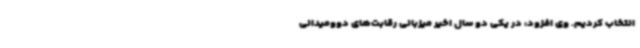
انتخاب کردیم. وی افزود: در یکی دو سال اخیر میزبانی رقابت‌های دوومیدانی